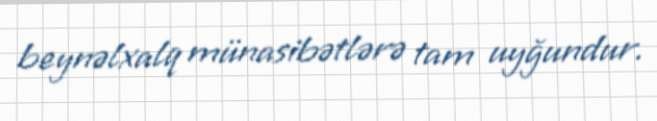
beynəlxalq münasibətlərə tam uyğundur.